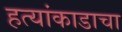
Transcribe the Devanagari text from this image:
हत्यांकाडाचा